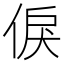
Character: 㑦